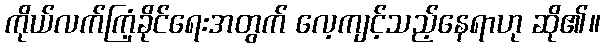
ကိုယ်လက်ကြံ့ခိုင်ရေးအတွက် လေ့ကျင့်သည့်နေရာဟု ဆို၏။